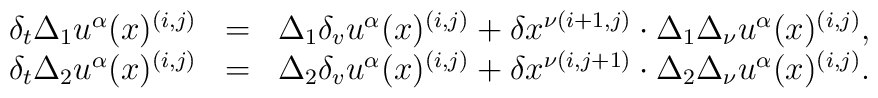
\begin{array}{crl}\delta_t\Delta_1 u^\alpha (x)^{ (i,j)}&=&\Delta_1 \delta_vu^\alpha (x)^{ (i,j)}+\delta x^{\nu (i+1,j)}\cdot\Delta_1\Delta_\nu u^\alpha (x)^{ (i,j)},\\\delta_t\Delta_2 u^\alpha (x)^{ (i,j)}&=&\Delta_2 \delta_vu^\alpha (x)^{ (i,j)}+\delta x^{\nu (i,j+1)}\cdot\Delta_2\Delta_\nu u^\alpha (x)^{ (i,j)}.\\\end{array}